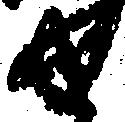
せ